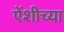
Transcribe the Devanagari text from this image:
एेंशीच्या